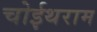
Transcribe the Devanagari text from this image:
चोईथराम